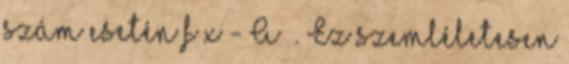
szám esetén f x - A ε. Ez szemléletesen